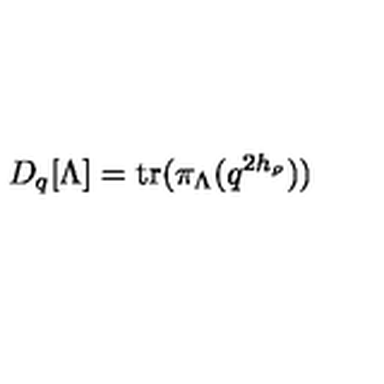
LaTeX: D _ { q } [ \Lambda ] = \mathrm { t r } ( \pi _ { \Lambda } ( q ^ { 2 h _ { \rho } } ) )